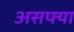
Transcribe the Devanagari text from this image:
असफ्या